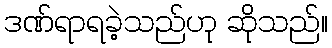
ဒဏ်ရာရခဲ့သည်ဟု ဆိုသည်။